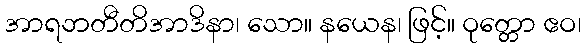
အာရဘတီတိအာဒိနာ၊ သော။ နယေန၊ ဖြင့်။ ဝုတ္တော ဧဝ၊